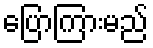
ပြောကြားမည်